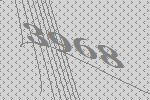
3968